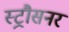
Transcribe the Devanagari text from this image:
स्ट्रौसनर